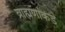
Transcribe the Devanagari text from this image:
ब्राह्मणांकडे